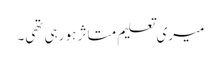
میری تعلیم متاثر ہو رہی تھی۔